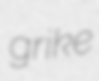
grike